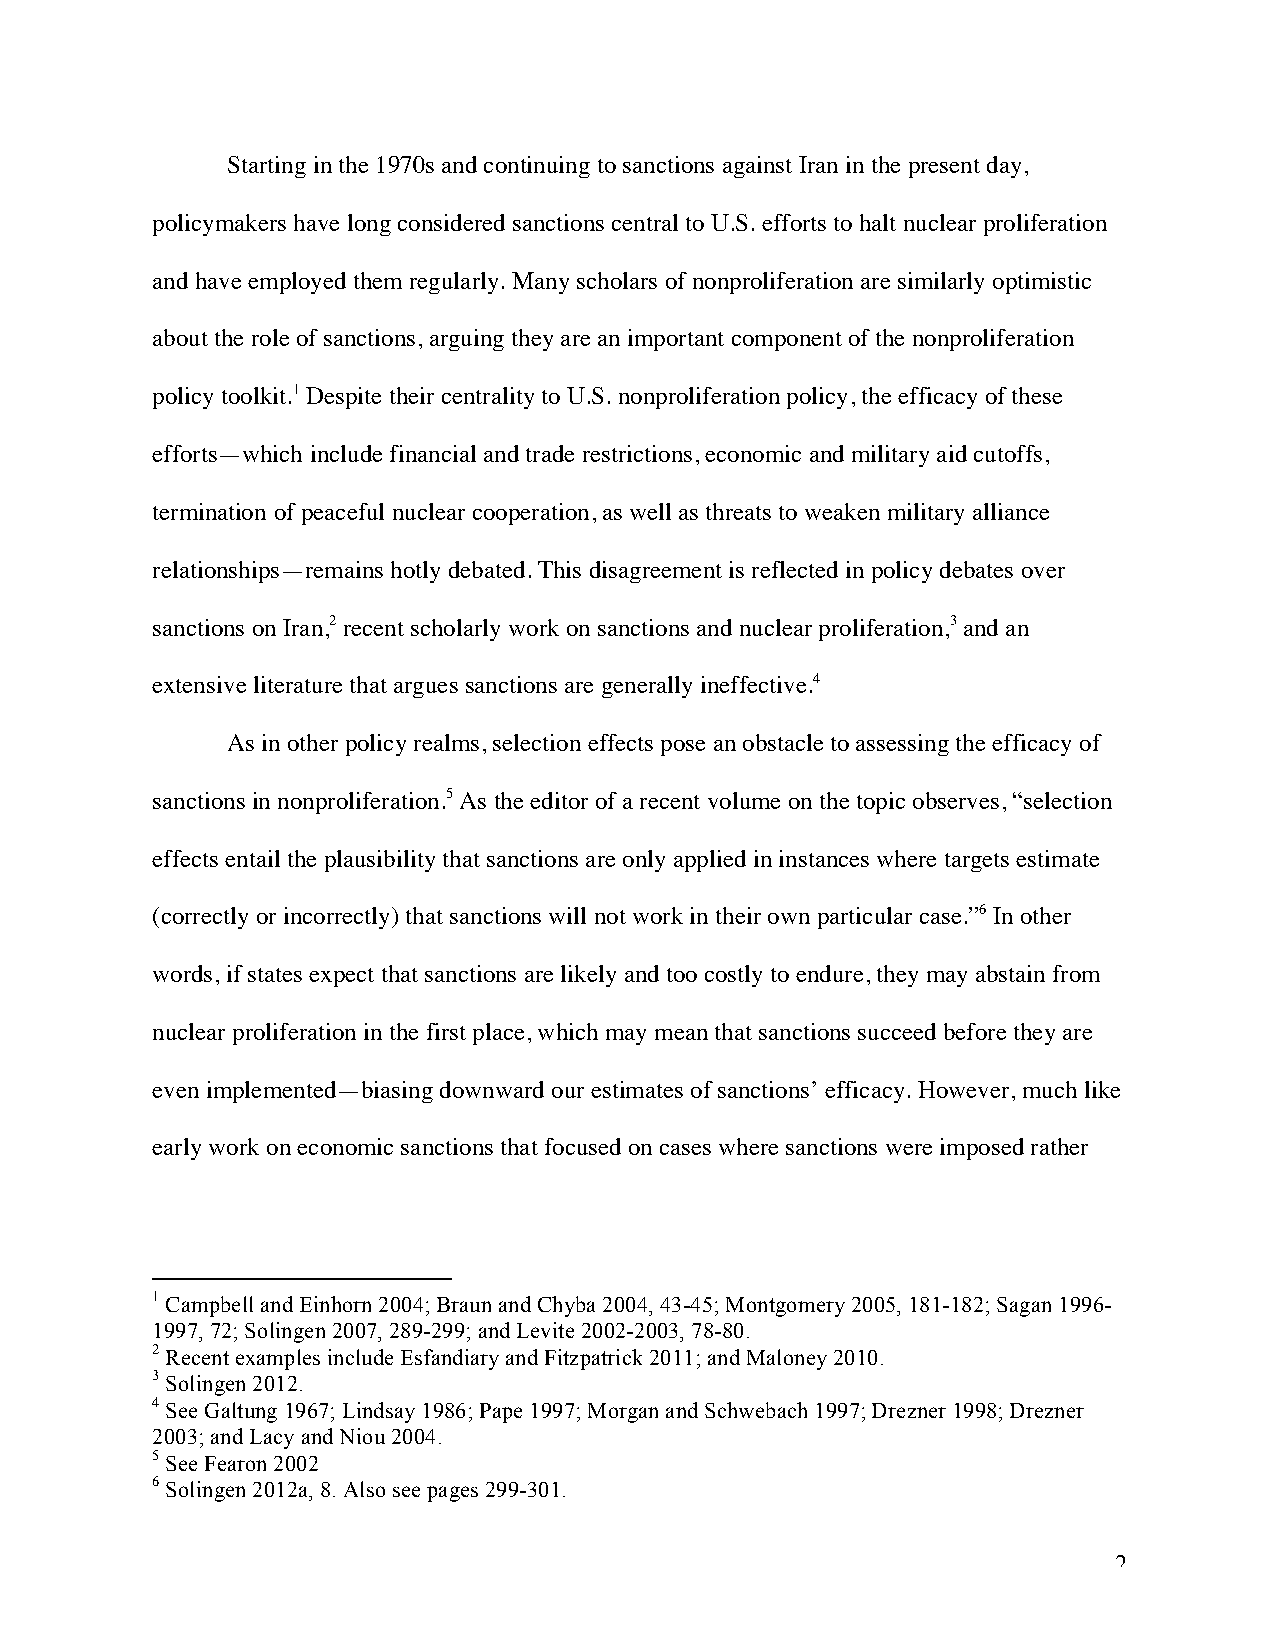
Starting in the 1970s and continuing to sanctions against Iran in the present day,
 policymakers have long considered sanctions central to U.S. efforts to halt nuclear proliferation
 and have employed them regularly. Many scholars of nonproliferation are similarly optimistic
 about the role of sanctions, arguing they are an important component of the nonproliferation
 policy toolkit.1 Despite their centrality to U.S. nonproliferation policy, the efficacy of these
 efforts—which include financial and trade restrictions, economic and military aid cutoffs,
 termination of peaceful nuclear cooperation, as well as threats to weaken military alliance
 relationships—remains hotly debated. This disagreement is reflected in policy debates over
 sanctions on Iran,2 recent scholarly work on sanctions and nuclear proliferation,3 and an
 extensive literature that argues sanctions are generally ineffective.4
 As in other policy realms, selection effects pose an obstacle to assessing the efficacy of
 sanctions in nonproliferation.5 As the editor of a recent volume on the topic observes, “selection
 effects entail the plausibility that sanctions are only applied in instances where targets estimate
 (correctly or incorrectly) that sanctions will not work in their own particular case.”6 In other
 words, if states expect that sanctions are likely and too costly to endure, they may abstain from
 nuclear proliferation in the first place, which may mean that sanctions succeed before they are
 even implemented—biasing downward our estimates of sanctions’ efficacy. However, much like
 early work on economic sanctions that focused on cases where sanctions were imposed rather
 1 Campbell and Einhorn 2004; Braun and Chyba 2004, 43-45; Montgomery 2005, 181-182; Sagan 1996-
 1997, 72; Solingen 2007, 289-299; and Levite 2002-2003, 78-80.
 2 Recent examples include Esfandiary and Fitzpatrick 2011; and Maloney 2010.
 3 Solingen 2012.
 4 See Galtung 1967; Lindsay 1986; Pape 1997; Morgan and Schwebach 1997; Drezner 1998; Drezner
 2003; and Lacy and Niou 2004.
 5 See Fearon 2002
 6 Solingen 2012a, 8. Also see pages 299-301.
 2